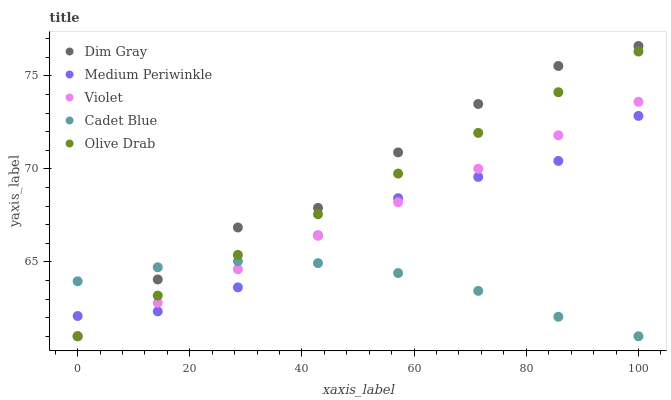
| xaxis_label | Dim Gray | Medium Periwinkle | Violet | Cadet Blue | Olive Drab |
 | --- | --- | --- | --- | --- | --- |
 | 0 | 61 | 62.1 | 61 | 64 | 61 |
 | 14.3 | 64.1 | 62.3 | 62.8 | 64.7 | 63.2 |
 | 28.6 | 66.8 | 63.6 | 64.6 | 65 | 65.4 |
 | 42.9 | 67.9 | 66.4 | 66.4 | 64.9 | 67.6 |
 | 57.1 | 70.9 | 68.4 | 68.2 | 64.4 | 69.7 |
 | 71.4 | 73.5 | 69.6 | 70 | 63.4 | 71.9 |
 | 85.7 | 75.5 | 70.4 | 71.8 | 62 | 74.1 |
 | 100 | 76.6 | 72.8 | 73.6 | 61 | 76.3 |